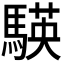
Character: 𮪒